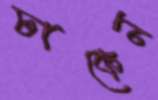
ঢাকেন